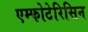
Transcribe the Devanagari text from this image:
एम्फोटेरिसिन